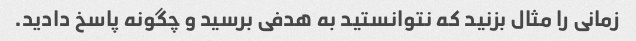
زمانی را مثال بزنید که نتوانستید به هدفی برسید و چگونه پاسخ دادید.